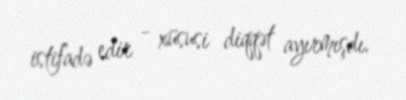
istifadə edir - xüsusi diqqət ayırmışdı.